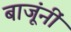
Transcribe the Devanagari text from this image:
बाजूंनीं